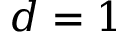
d = 1